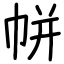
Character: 帡